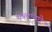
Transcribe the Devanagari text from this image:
कलांमधे